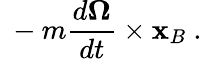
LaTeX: \ -m{\frac{d{\boldsymbol{\Omega}}}{dt}}\times\mathbf{x}_{B}\ .